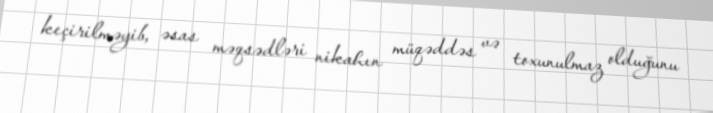
keçirilməyib, əsas məqsədləri nikahın müqəddəs və toxunulmaz olduğunu